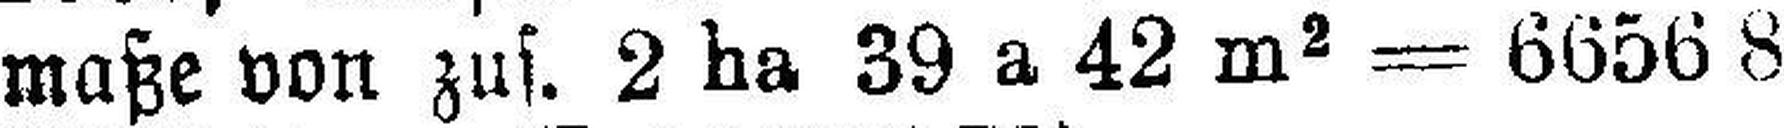
maße von zus. 2 ha 39 a 42 m2 = 6656 8